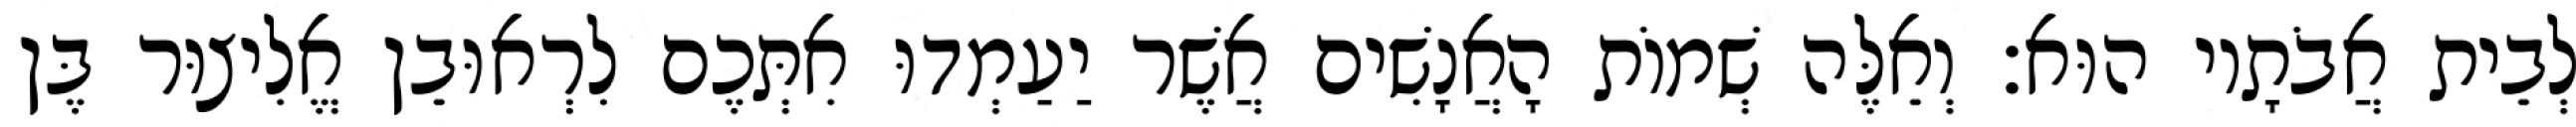
לְבֵית אֲבֹתָיו הוּא׃ וְאֵלֶּה שְׁמוֹת הָאֲנָשִׁים אֲשֶׁר יַעַמְדוּ אִתְּכֶם לִרְאוּבֵן אֱלִיצוּר בֶּן